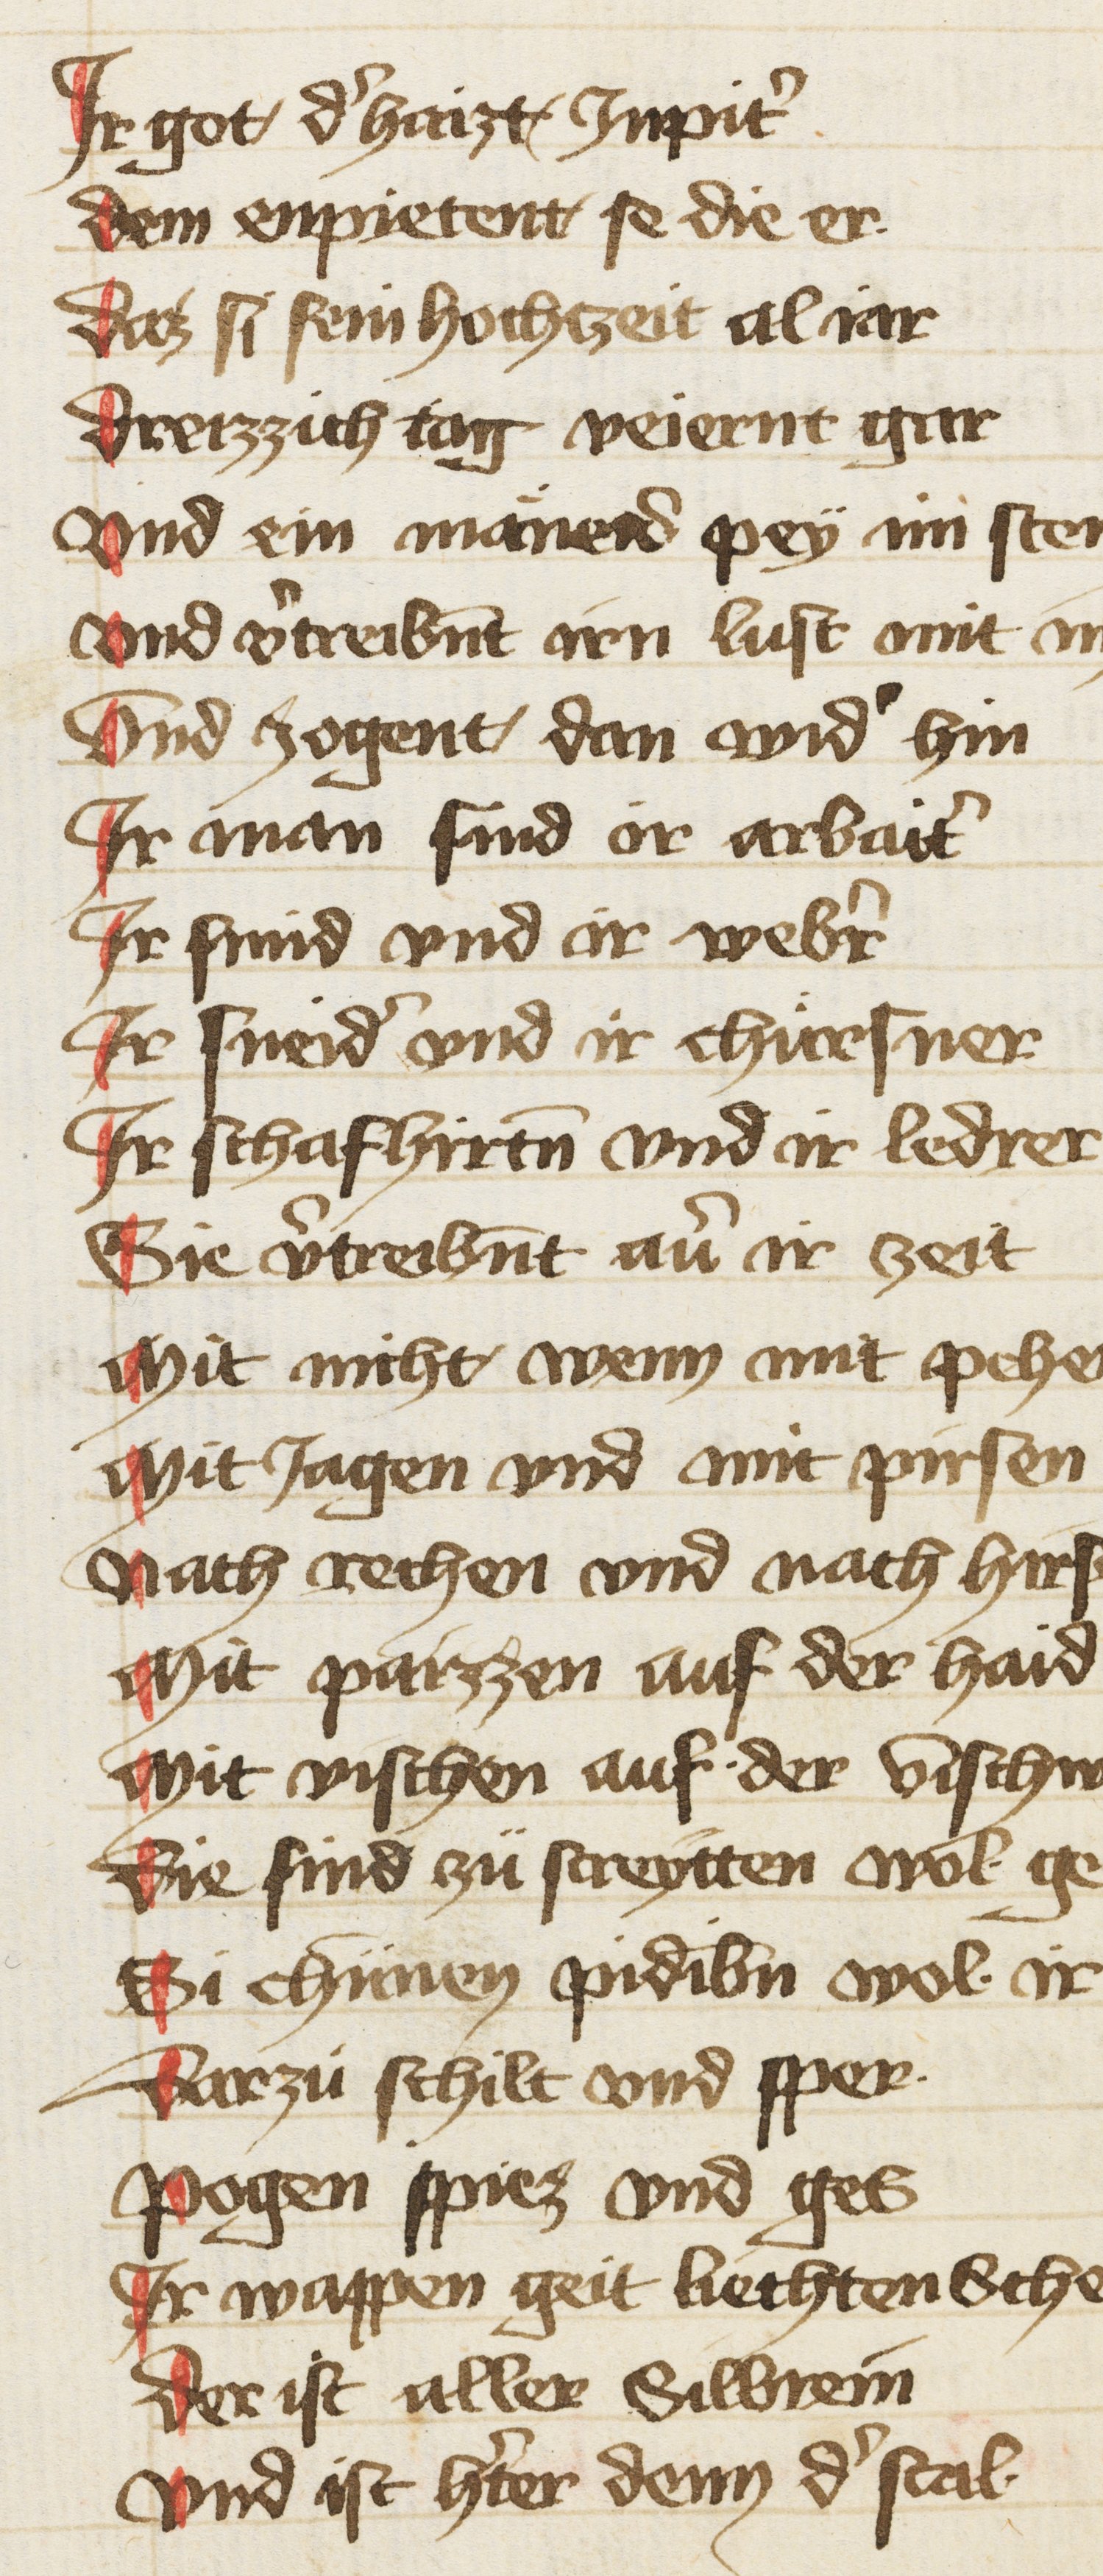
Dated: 1402–1402